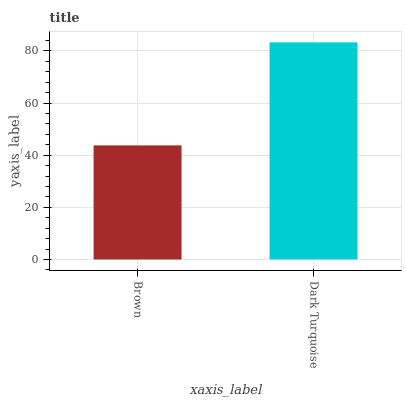
| xaxis_label | bars |
 | --- | --- |
 | Brown | 43.7 |
 | Dark Turquoise | 83.3 |